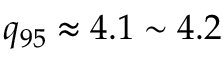
q _ { 9 5 } \approx 4 . 1 \sim 4 . 2